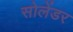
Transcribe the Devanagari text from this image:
सोलेंडर